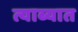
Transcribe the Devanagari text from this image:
त्याब्यात